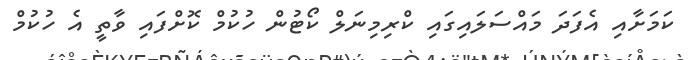
ކަމަށާއި އެފަދަ މައްސަލައިގައި ކްރިމިނަލް ކޯޓުން ހުކުމް ކޮށްފައި ވާތީ އެ ހުކުމް